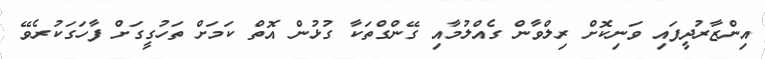
އިންޒާރުދީފައި ވަނިކޮށް ރިލްވާން ގެއްލުމާއި ގޭންގްތަކާ ގުޅުން އޮތް ކަމަށް ތަހުގީގަށް ފާހަގަކުރެވޭ